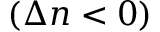
( \Delta n < 0 )